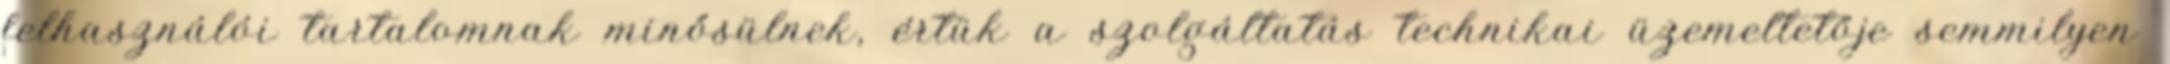
felhasználói tartalomnak minősülnek, értük a szolgáltatás technikai üzemeltetője semmilyen